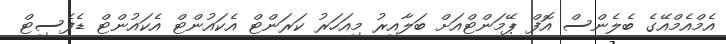
އެމްއެމްއޭގެ ބެލެންސް އޮފް ޕޭމަންޓްއަށް ބަލާއިރު މިއަހަރު ކަރަންޓް އެކައުންޓް އެކައުންޓް ޑެފެސިޓް